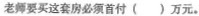
老师要买这套房必须首付( )万元。